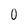
Character: 0